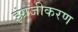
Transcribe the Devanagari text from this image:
इंग्रजीकरण